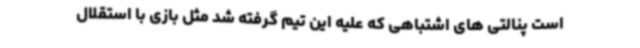
است پنالتی های اشتباهی که علیه این تیم گرفته شد مثل بازی با استقلال